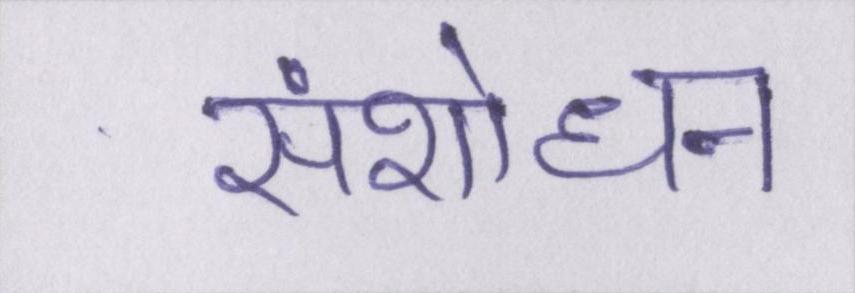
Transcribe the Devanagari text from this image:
संशोधन